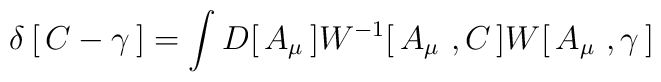
\delta\left[\,C-\gamma\,\right]=\int D[\, A_\mu\,]W^{-1}[\, A_\mu\ , C\,]  W[\, A_\mu\ ,\gamma\,]